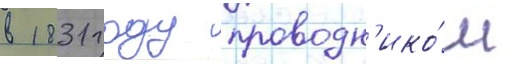
в 1831 году проводн'ико́м